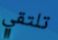
تلتقي